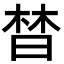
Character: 𣈅